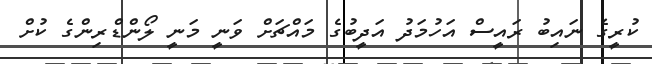
ކުރީގެ ނައިބު ރައީސް އަހުމަދު އަދީބުގެ މައްޗަށް ވަނީ މަނީ ލޯންޑްރިންގެ ކުށް